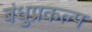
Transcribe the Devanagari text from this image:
बंधुप्रकल्प